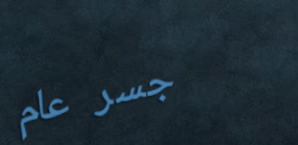
جسر عام